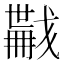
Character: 𢨏